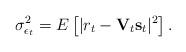
LaTeX: \begin{align*} \sigma_{\epsilon_{t}}^{2} = E \left[\vert r_{t}-\mathbf{V}_{t}\mathbf{s}_{t} \vert^{2} \right].\end{align*}